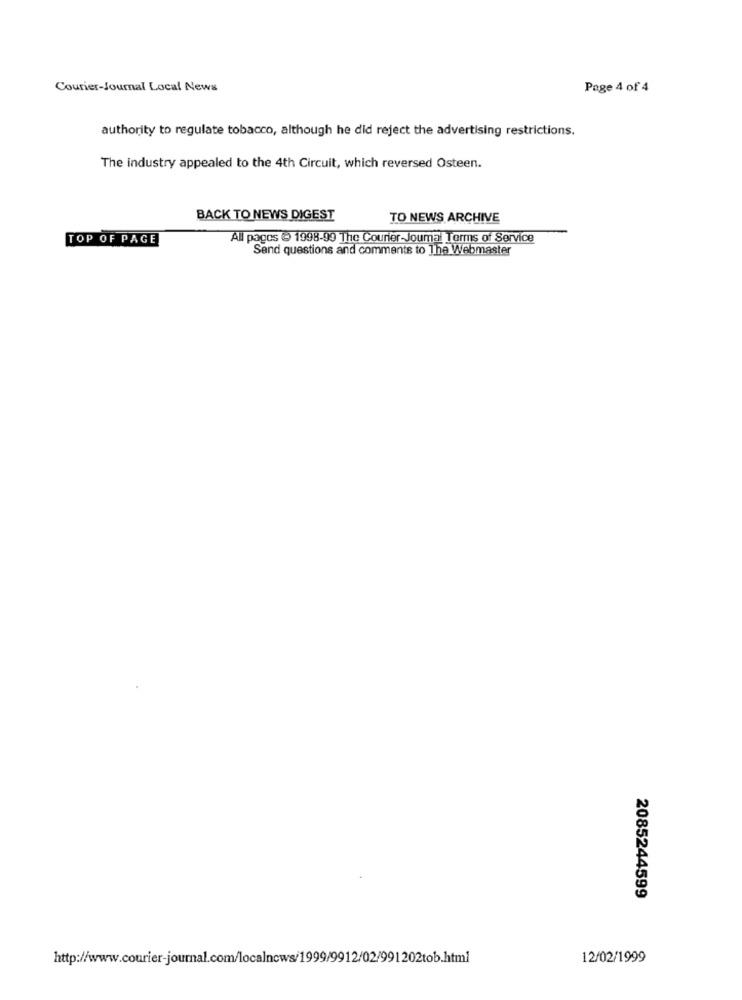
Courier-Journal Local News
Page 4 of 4
authority to regulate tobacco, although he did reject the advertising restrictions.
The industry appealed to the 4th Circuit, which reversed Osteen.
BACK TO NEWS DIGEST
TO NEWS ARCHIVE
TOP OF PAGE
All pages @ 1998-99 The Courier-Joumal Terms of Service
Send questions and comments to The Webmaster
2085244599
http://www.courier-journal.com/localnews/1999/9912/02/991202tob.html
12/02/1999